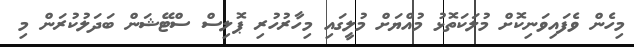
މިހެން ވެފައިވަނިކޮށް މުލަކަތޮޅު މުއްޔަށް މުލީގައި މިހާރުހުރި ޕޮލިސް ސްޓޭޝަން ބަދަލުކުރަން މި